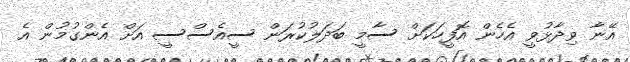
އޭނާ ވިދާޅުވީ އެހެން އޮފީހަކަށް ސާމީ ބަދަލުކުރަން ސީއެސްސީ އަށް އެންގުމުން އެ